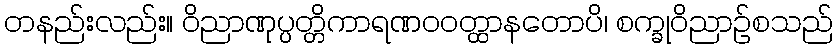
တနည်းလည်း။ ဝိညာဏုပ္ပတ္တိကာရဏဝဝတ္ထာနတောပိ၊ စက္ခုဝိညာဉ်စသည်